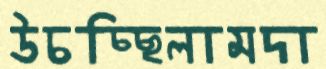
উচচ্ছিলামদা